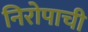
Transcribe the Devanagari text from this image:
निरोपाची